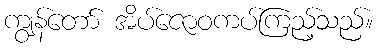
ကျွန်တော် အိပ်ဇောဝကပ်ကြည့်သည်။